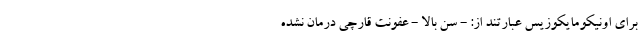
برای اونیکومایکوزیس عبارتند از: - سن بالا - عفونت قارچی درمان نشده